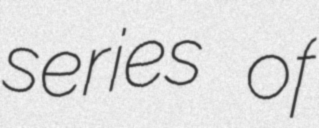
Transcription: series of